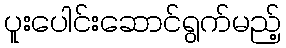
ပူးပေါင်းဆောင်ရွက်မည့်